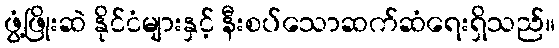
ဖွံ့ဖြိုးဆဲ နိုင်ငံများနှင့် နီးစပ်သောဆက်ဆံရေးရှိသည်။